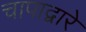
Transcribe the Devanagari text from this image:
चापाद्वारे